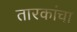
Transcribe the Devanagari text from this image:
तारकांचा